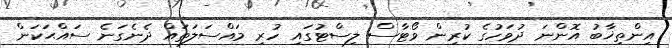
އިންތިޚާބު އޮންނަ ދުވަހުގެ ކުރިން ވޯޓާސް ލިސްޓުގައި ހުރި މައްސަލަތައް ދެނެގަނެ ސައްޙަކަން